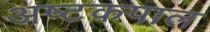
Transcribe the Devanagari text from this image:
अष्टकपाल